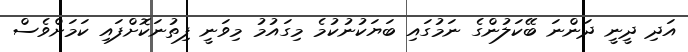
އަދި ދީނީ ދަންނަ ބޭކަލުންގެ ނަމުގައި ބަޔަކުނުކުމެ މިގައުމު މިވަނީ ފިތުނަކޮށްފައި ކަމަށްވެސް